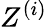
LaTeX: Z^{(i)}